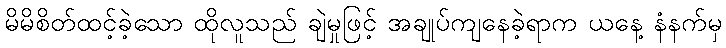
မိမိစိတ်ထင့်ခဲ့သော ထိုလူသည် ချဲမှုဖြင့် အချုပ်ကျနေခဲ့ရာက ယနေ့ နံနက်မှ